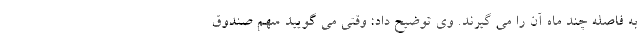
به فاصله چند ماه آن را می گیرند. وی توضیح داد: وقتی می گویید سهم صندوق